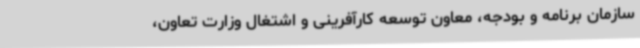
سازمان برنامه و بودجه، معاون توسعه کارآفرینی و اشتغال وزارت تعاون،